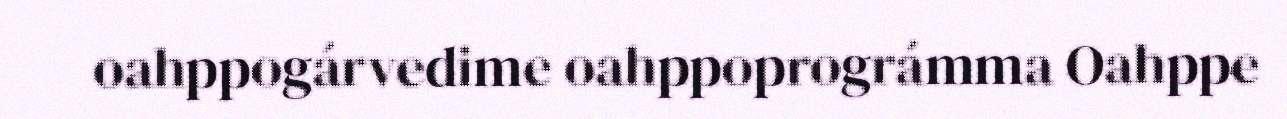
oahppogárvedime oahppoprográmma Oahppe